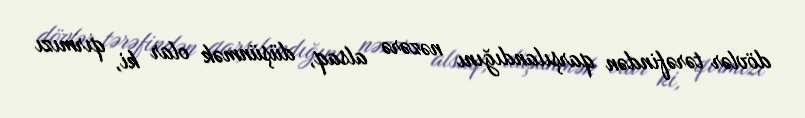
dövlər tərəfindən qarşılandığını nəzərə alsaq, düşünmək olar ki, qırmızı